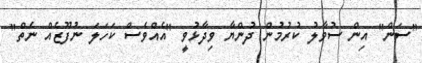
"ސަން" އިން ސުވާލު ކުރުމުން ދުންޔާ ވިދާޅުވީ "އެއްވެސް ކަހަލަ ނުފޫޒެއް ނެތް"